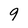
Character: 9